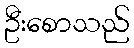
ဦးစောသည်